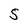
Character: 5